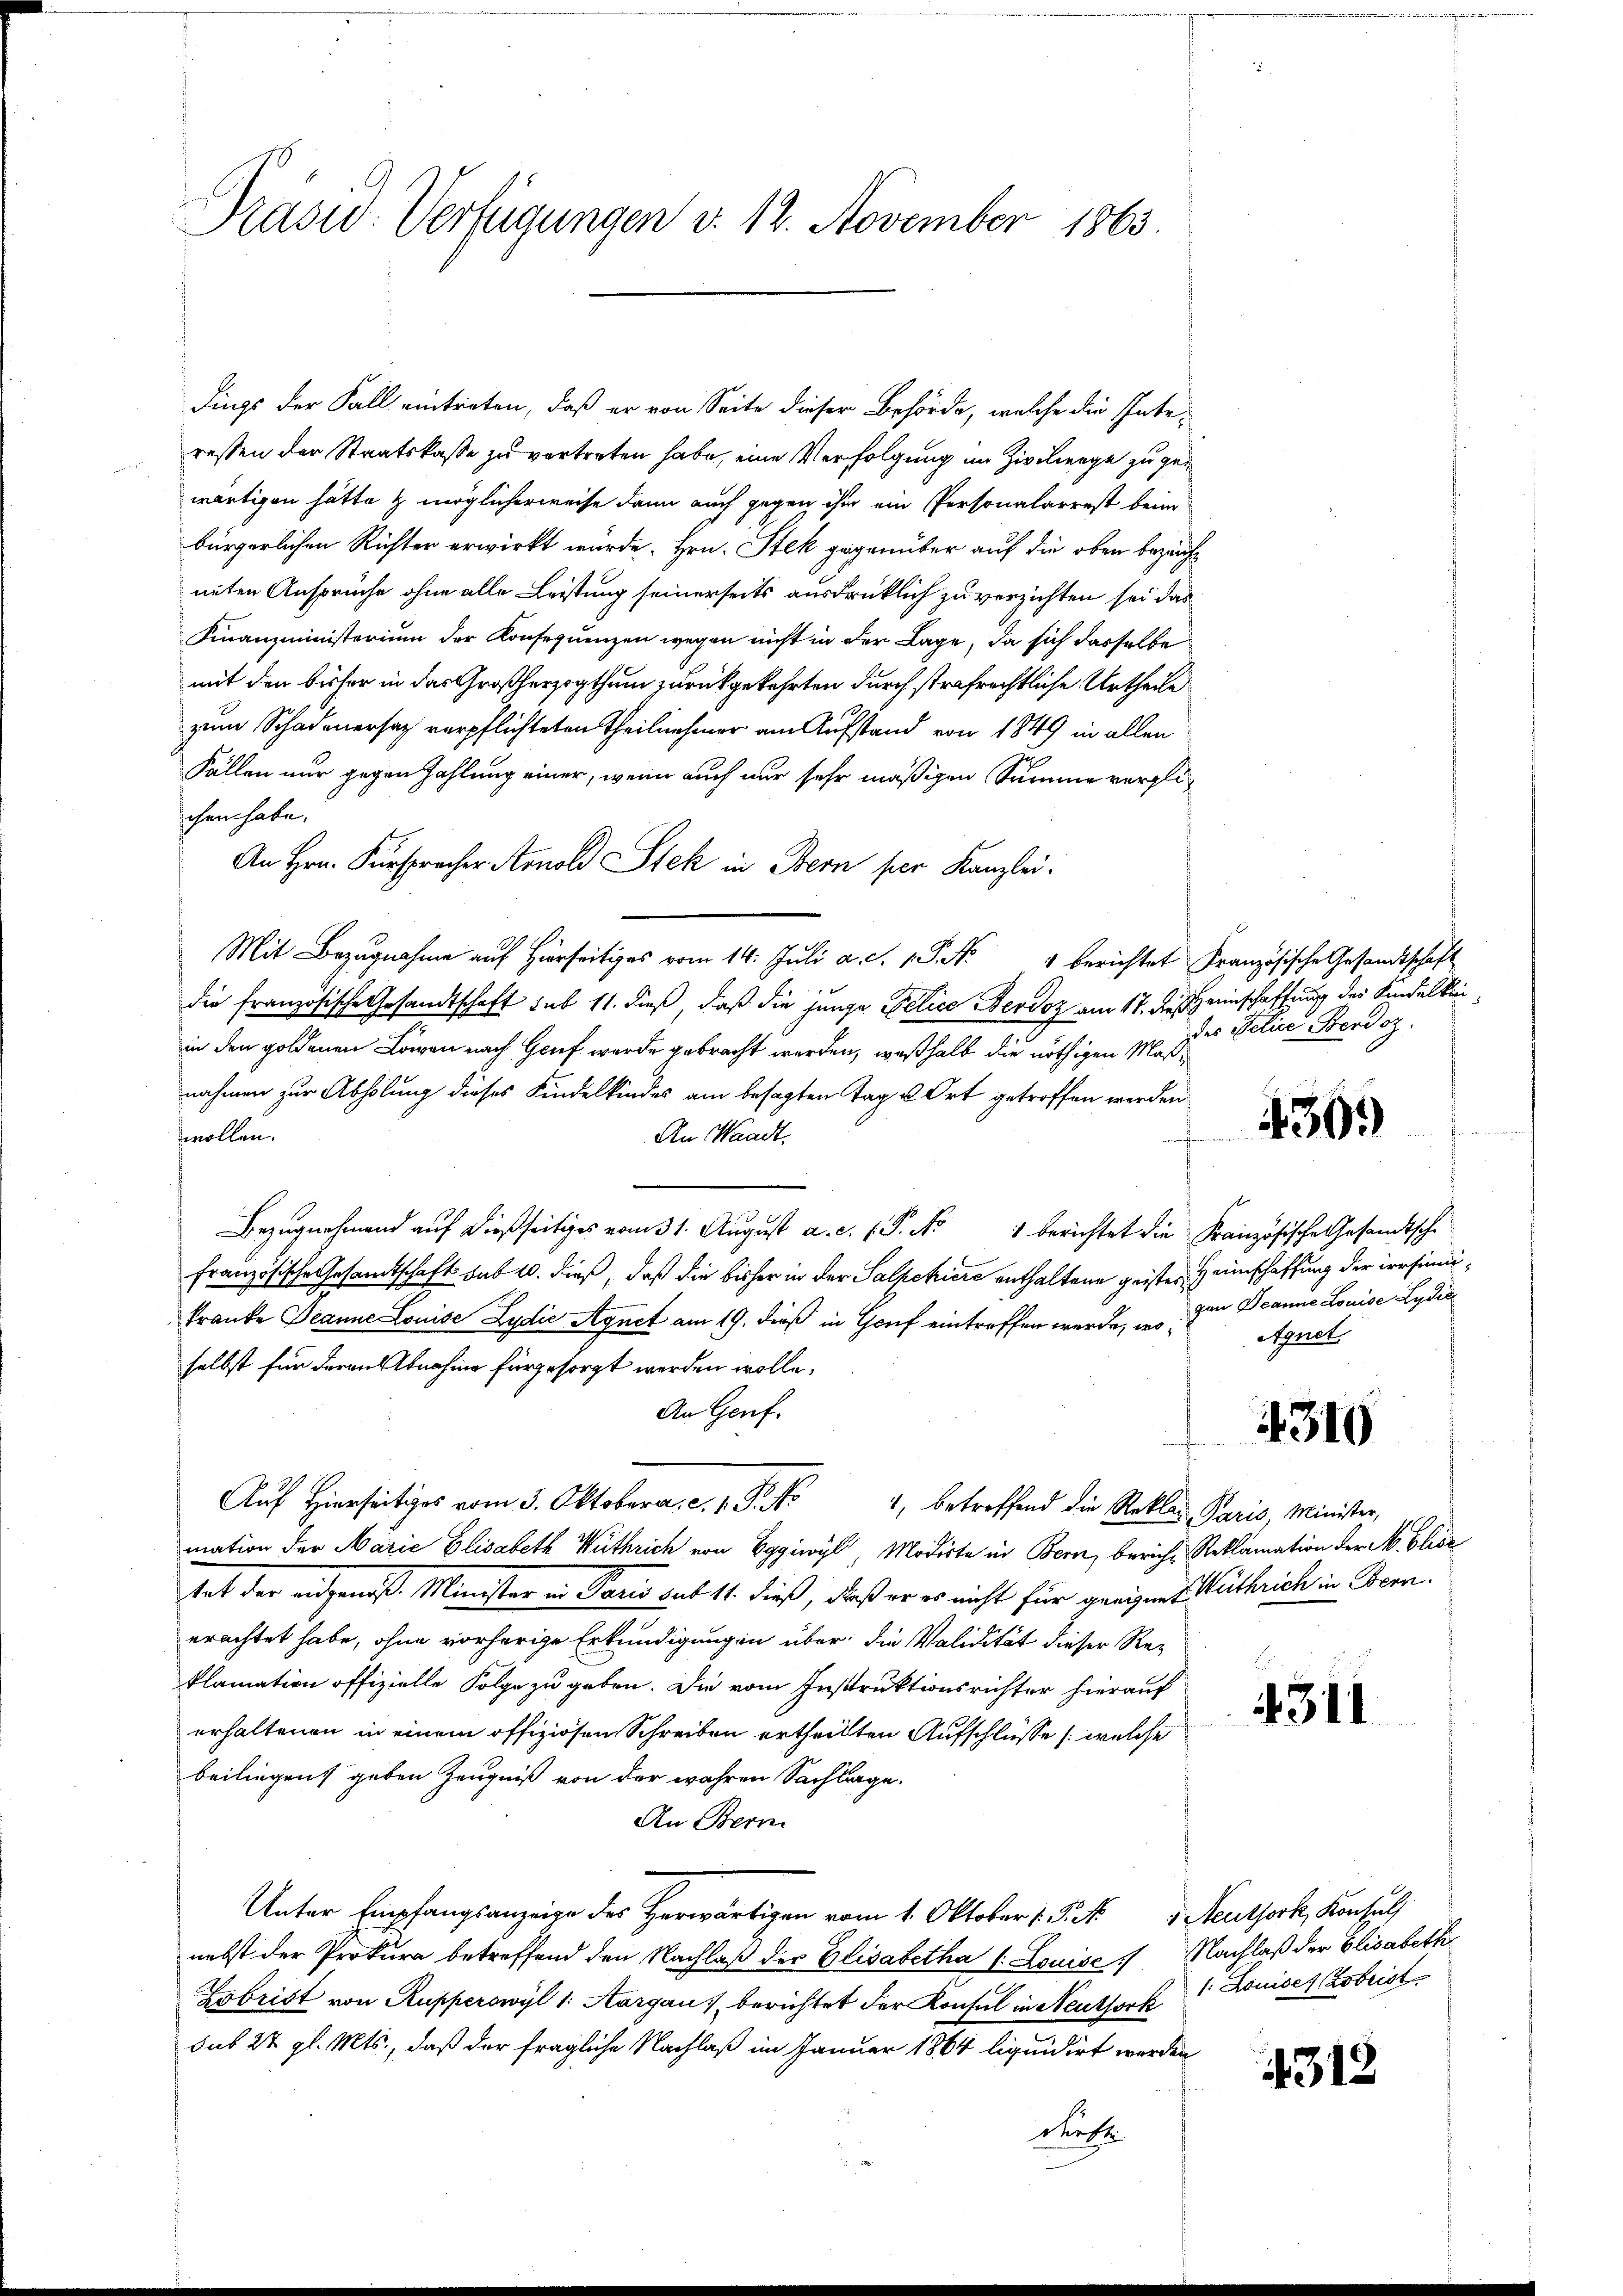
Präsid. Verfügungen d. 12. November 1863

dings der Fall eintreten, daß er von Seite dieser Behörde, welche die Interessen der Staatskasse zu vertreten habe, eine Verfolgung im Zivilienge zu gewärtigen hätte & möglicherweise dann auch gegen ihm ein Personalarrest beim
bürgerlichen Richter erwirkt wurde. Hrn. Stek gegenüber auf die oben bezeichneten Ansprüche ohne alle Leistung seinerseits ausdrücklich zu verzichten sei das
Finanzministerium der Konsequenzen wegen nicht in der Lage, da sich dasselbe
mit den bisher in das Großherzogthum zurückgekehrten durch strafrechtliche Urtheile
zum Schadenersatz verpflichteten Theilnehmer am Aufstand von 1849 in allen
Fällen nur gegen Zahlung einer, wenn auch nur sehr mäßigen Summe verglichen habe.
An Hrn. Fürspracher Arnold Stek in Bern per Kanzlei.
Mit Bezugnahme auf hierseitiges vom 14. Juli a. c. 1. P. Nr. 4 berichtet Französische Gesandtschaft
die französische Gesandtschaft sub 11. dieß, daß die junge Felice Persoz am 17. des Heimschaffung der Kindelkinin den goldenen Längen nach Gruf wurde gebracht werden, weßhalb die nöthigen Maßnahmen zur Abholung dieses Kindelkindes am besagten Tag u Ort getroffen werden
wollen.
An Waadt.
Bezugnahmend auf dießseitiges vom 31. August a. c. l. P. Nr. 1 berichtet die Französische Gesandtsche
Französische Gesandtschaft sub 20. dieß, daß die bisher in der Salpekiere enthaltene geister Heimschaffung der irrfundikranke Jeanne Louise Lydić Agnet am 19. dieß in Genf eintreffen werde, u. zur Deanne Louise Lydia
selbst für deren Abnahme für gesorgt werden wolle.
An Genf.
Auf Hierseitiges vom 3. Oktobera c. s. S. 44, betreffend die Rekla Paris, Minister,
mation der Marie Elisabeth Wuthrich von Eggiwyl, Modirte in Bern, beriche Reklamation der M. Elise
tat der angenoß. Minister in Paris sub 11. dieß, daß er es nicht für geeignes Guthrich in Bern.
erachtet habe, ohne vorherige Erkundigungen über die Validität dieser Reklamation offizielle Folge zu geben. Die vom Instruktionsrichter hierauf
erhaltenen in einem offiziösen Schreiben ertheilten Aufschlüsse (welche
beiliegen geben Zeugniß von der wahren Sachlage.
An Bern
Unter Empfangsanzeige des Herwärtigen vom 1. Oktober 1. P. M. deutsork, Konsul
nebst der Prokura betreffend den Nachlaß der Elisabetha /: Louise Nachlaß der Elisabeth
Zobrist von Rupperswyl 1: Aargau berichtet der Konsul in Neuthorf. Louises Zobristsub 22 gl. Mts., daß der fragliche Nachlaß im Januar 1864 liquidirt werden
derste

des Felice Berdoz.

430.

Aquet

4310

311

4318